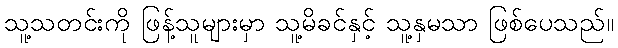
သူ့သတင်းကို ဖြန့်သူများမှာ သူ့မိခင်နှင့် သူ့နှမသာ ဖြစ်ပေသည်။